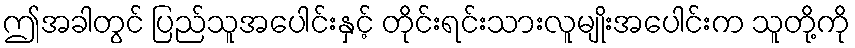
ဤအခါတွင် ပြည်သူအပေါင်းနှင့် တိုင်းရင်းသားလူမျိုးအပေါင်းက သူတို့ကို